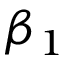
\beta _ { 1 }